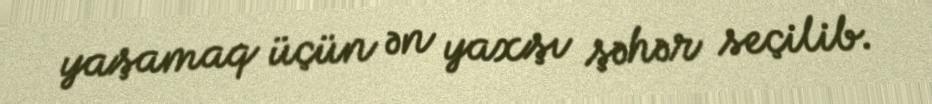
yaşamaq üçün ən yaxşı şəhər seçilib.